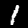
Label: 1